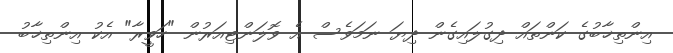
އިންތިޚާބުގެ ކަންތައް ދިގުލައިގެން ދިޔަ ނަމަވެސް އެ ވޮލަންޓިއަރުން "ހަވީރާ" އެކު އިންތިޚާބު